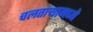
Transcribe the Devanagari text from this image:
चलताऱ्यामध्ये